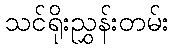
သင်ရိုးညွှန်းတမ်း